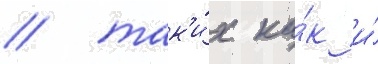
/ так'и́х ка́к и́